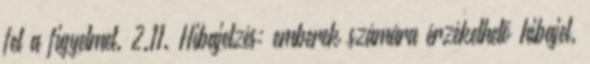
fel a figyelmet. 2.11. Hibajelzés: emberek számára érzékelhetõ hibajel.